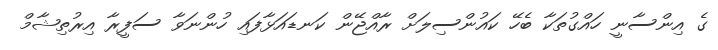
ގެ އިންސާނީ ހައްގުތަކާ ބެހޭ ކައުންސިލަށް ރާއްޖޭން ކަނޑައަޅާފައި ހުންނަވާ ސަފީރާ އިރުތިޝާމް